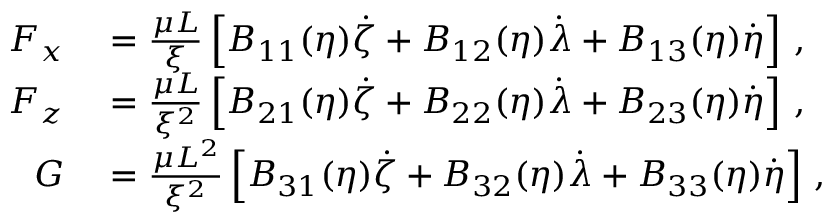
\begin{array} { r l } { F _ { x } } & { { } = \frac { \mu L } { \xi } \left[ B _ { 1 1 } ( \eta ) \dot { \zeta } + B _ { 1 2 } ( \eta ) \dot { \lambda } + B _ { 1 3 } ( \eta ) \dot { \eta } \right] \, , } \\ { F _ { z } } & { { } = \frac { \mu L } { \xi ^ { 2 } } \left[ B _ { 2 1 } ( \eta ) \dot { \zeta } + B _ { 2 2 } ( \eta ) \dot { \lambda } + B _ { 2 3 } ( \eta ) \dot { \eta } \right] \, , } \\ { G } & { { } = \frac { \mu L ^ { 2 } } { \xi ^ { 2 } } \left[ B _ { 3 1 } ( \eta ) \dot { \zeta } + B _ { 3 2 } ( \eta ) \dot { \lambda } + B _ { 3 3 } ( \eta ) \dot { \eta } \right] \, , } \end{array}